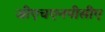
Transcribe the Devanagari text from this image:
जीएचएनपीसीए